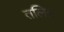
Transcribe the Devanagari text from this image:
तलित